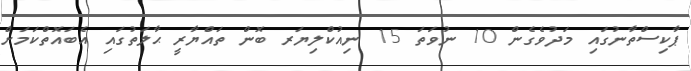
ޕާކިސްތާނުގައި މަދުވެގެން 10 ނުވަތަ 15 ނިއުކްލިޔަރ ބޮން ތައްޔާރީ ޙާލަތުގައި އެބައޮތްކަމަށް